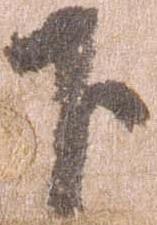
下